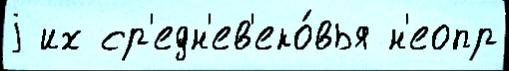
j их ср'едн'ев'еко́вья н'еопр